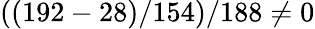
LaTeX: ((192-28)/154)/188\neq 0